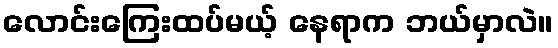
လောင်းကြေးထပ်မယ့် နေရာက ဘယ်မှာလဲ။